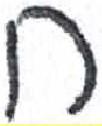
אות: ט